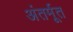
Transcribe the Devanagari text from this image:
अंतर्मूत